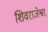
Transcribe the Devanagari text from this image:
शिवराजेश्वर